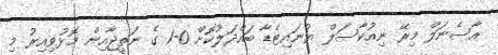
އާސެނަލް މިރޭ ނިއުކާސަލް ޔުނައިޓެޑާ ބައްދަލުކޮށް 0-1 ގެ ނަތީޖާއިން މޮޅުވިއިރު މި